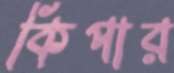
কিপার